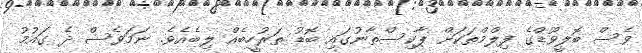
ވެސް ބޮލީވޫޑްގެ ފިލްމްތަކަށް ޕާކިސްތާނުގައި ބޮޑު ތަރުހީބެއް ލިބެއެވެ. ނަމަވެސް ދެ ގައުމު